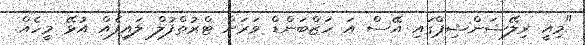
"މިއީ ރިލޭޝަންޝިޕްގައި އޭސް އަ ހަޒްބަންޑް ވަރަށް ޓްރުތްފުލް ލައިފެއް އުޅޭ މީހެއް.